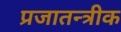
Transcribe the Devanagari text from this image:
प्रजातन्त्रीक